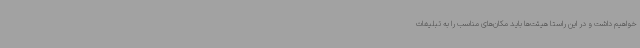
خواهیم داشت و در این راستا هیئت‌ها باید مکان‌های مناسب را به تبلیغات